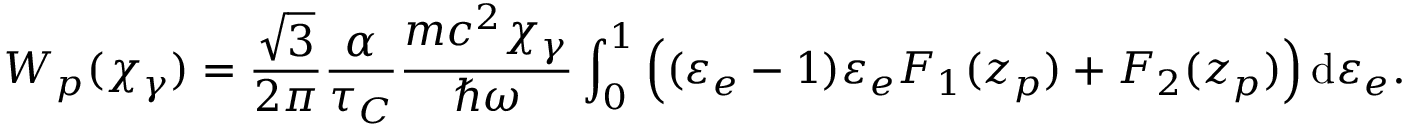
W _ { p } ( \chi _ { \gamma } ) = \frac { \sqrt { 3 } } { 2 \pi } \frac { \alpha } { \tau _ { C } } \frac { m c ^ { 2 } \chi _ { \gamma } } { \hbar \omega } \int _ { 0 } ^ { 1 } \left( ( \varepsilon _ { e } - 1 ) \varepsilon _ { e } F _ { 1 } ( z _ { p } ) + F _ { 2 } ( z _ { p } ) \right) \mathrm { d } \varepsilon _ { e } .